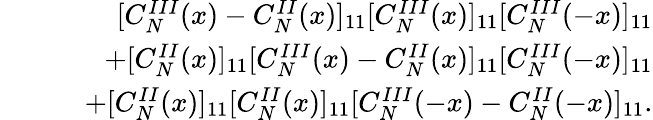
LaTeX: \begin{array}{rlr}&{}&{[C_{N}^{III}(x)-C_{N}^{II}(x)]_{11}[C_{N}^{III}(x)]_{11}[C_{N}^{III}(-x)]_{11}}\\ &{}&{+[C_{N}^{II}(x)]_{11}[C_{N}^{III}(x)-C_{N}^{II}(x)]_{11}[C_{N}^{III}(-x)]_{11}}\\ &{}&{\quad+[C_{N}^{II}(x)]_{11}[C_{N}^{II}(x)]_{11}[C_{N}^{III}(-x)-C_{N}^{II}(-x)]_{11}.}\end{array}